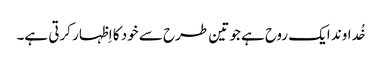
خُداوند ایک روح ہے جو تین طرح سے خود کا اِظہار کرتی ہے۔